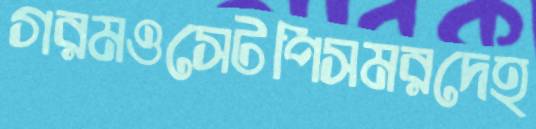
গরমওসেটপিসমরদেহ